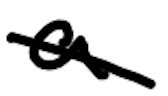
Text: a
Cross-out: diagonal
Writing tool: digital_black